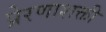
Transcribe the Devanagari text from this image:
प्रेरणाशक्ती